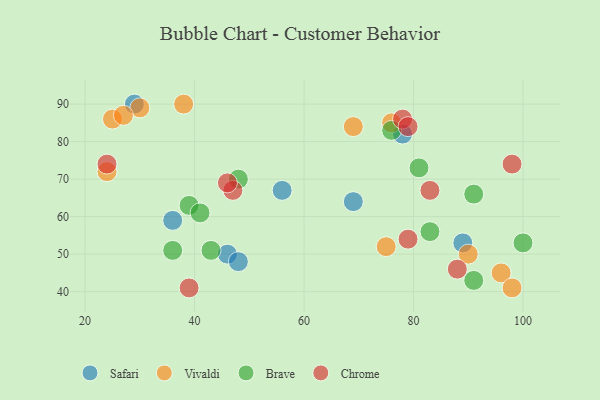
{"axis": {"x": "GDP", "y": "Life Expectancy"}, "legend": ["Brave", "Chrome", "Safari", "Vivaldi"], "data": [{"x": "46", "y": 50, "type": "Safari"}, {"x": "89", "y": 53, "type": "Safari"}, {"x": "48", "y": 48, "type": "Safari"}, {"x": "29", "y": 90, "type": "Safari"}, {"x": "36", "y": 59, "type": "Safari"}, {"x": "69", "y": 64, "type": "Safari"}, {"x": "56", "y": 67, "type": "Safari"}, {"x": "78", "y": 82, "type": "Safari"}, {"x": "90", "y": 50, "type": "Vivaldi"}, {"x": "96", "y": 45, "type": "Vivaldi"}, {"x": "25", "y": 86, "type": "Vivaldi"}, {"x": "24", "y": 72, "type": "Vivaldi"}, {"x": "76", "y": 85, "type": "Vivaldi"}, {"x": "98", "y": 41, "type": "Vivaldi"}, {"x": "30", "y": 89, "type": "Vivaldi"}, {"x": "69", "y": 84, "type": "Vivaldi"}, {"x": "27", "y": 87, "type": "Vivaldi"}, {"x": "75", "y": 52, "type": "Vivaldi"}, {"x": "38", "y": 90, "type": "Vivaldi"}, {"x": "81", "y": 73, "type": "Brave"}, {"x": "39", "y": 63, "type": "Brave"}, {"x": "36", "y": 51, "type": "Brave"}, {"x": "43", "y": 51, "type": "Brave"}, {"x": "100", "y": 53, "type": "Brave"}, {"x": "41", "y": 61, "type": "Brave"}, {"x": "91", "y": 66, "type": "Brave"}, {"x": "76", "y": 83, "type": "Brave"}, {"x": "91", "y": 43, "type": "Brave"}, {"x": "48", "y": 70, "type": "Brave"}, {"x": "83", "y": 56, "type": "Brave"}, {"x": "88", "y": 46, "type": "Chrome"}, {"x": "47", "y": 67, "type": "Chrome"}, {"x": "98", "y": 74, "type": "Chrome"}, {"x": "46", "y": 69, "type": "Chrome"}, {"x": "39", "y": 41, "type": "Chrome"}, {"x": "78", "y": 86, "type": "Chrome"}, {"x": "79", "y": 84, "type": "Chrome"}, {"x": "83", "y": 67, "type": "Chrome"}, {"x": "24", "y": 74, "type": "Chrome"}, {"x": "79", "y": 54, "type": "Chrome"}]}